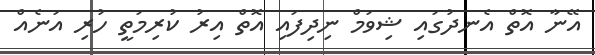
އޭނާ އޮތް އެނދުގައި ޝިވަމް ނިދިފައި އޮތް އިރު ކުރިމަތީ ހުރި އަނެއް